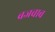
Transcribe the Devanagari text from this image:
बजवाब